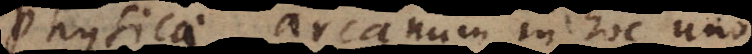
physicae arcanum in hoc uno